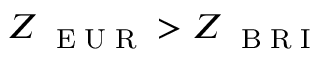
Z _ { \mathrm { ~ \tiny ~ E ~ U ~ R ~ } } > Z _ { \mathrm { ~ \tiny ~ B ~ R ~ I ~ } }